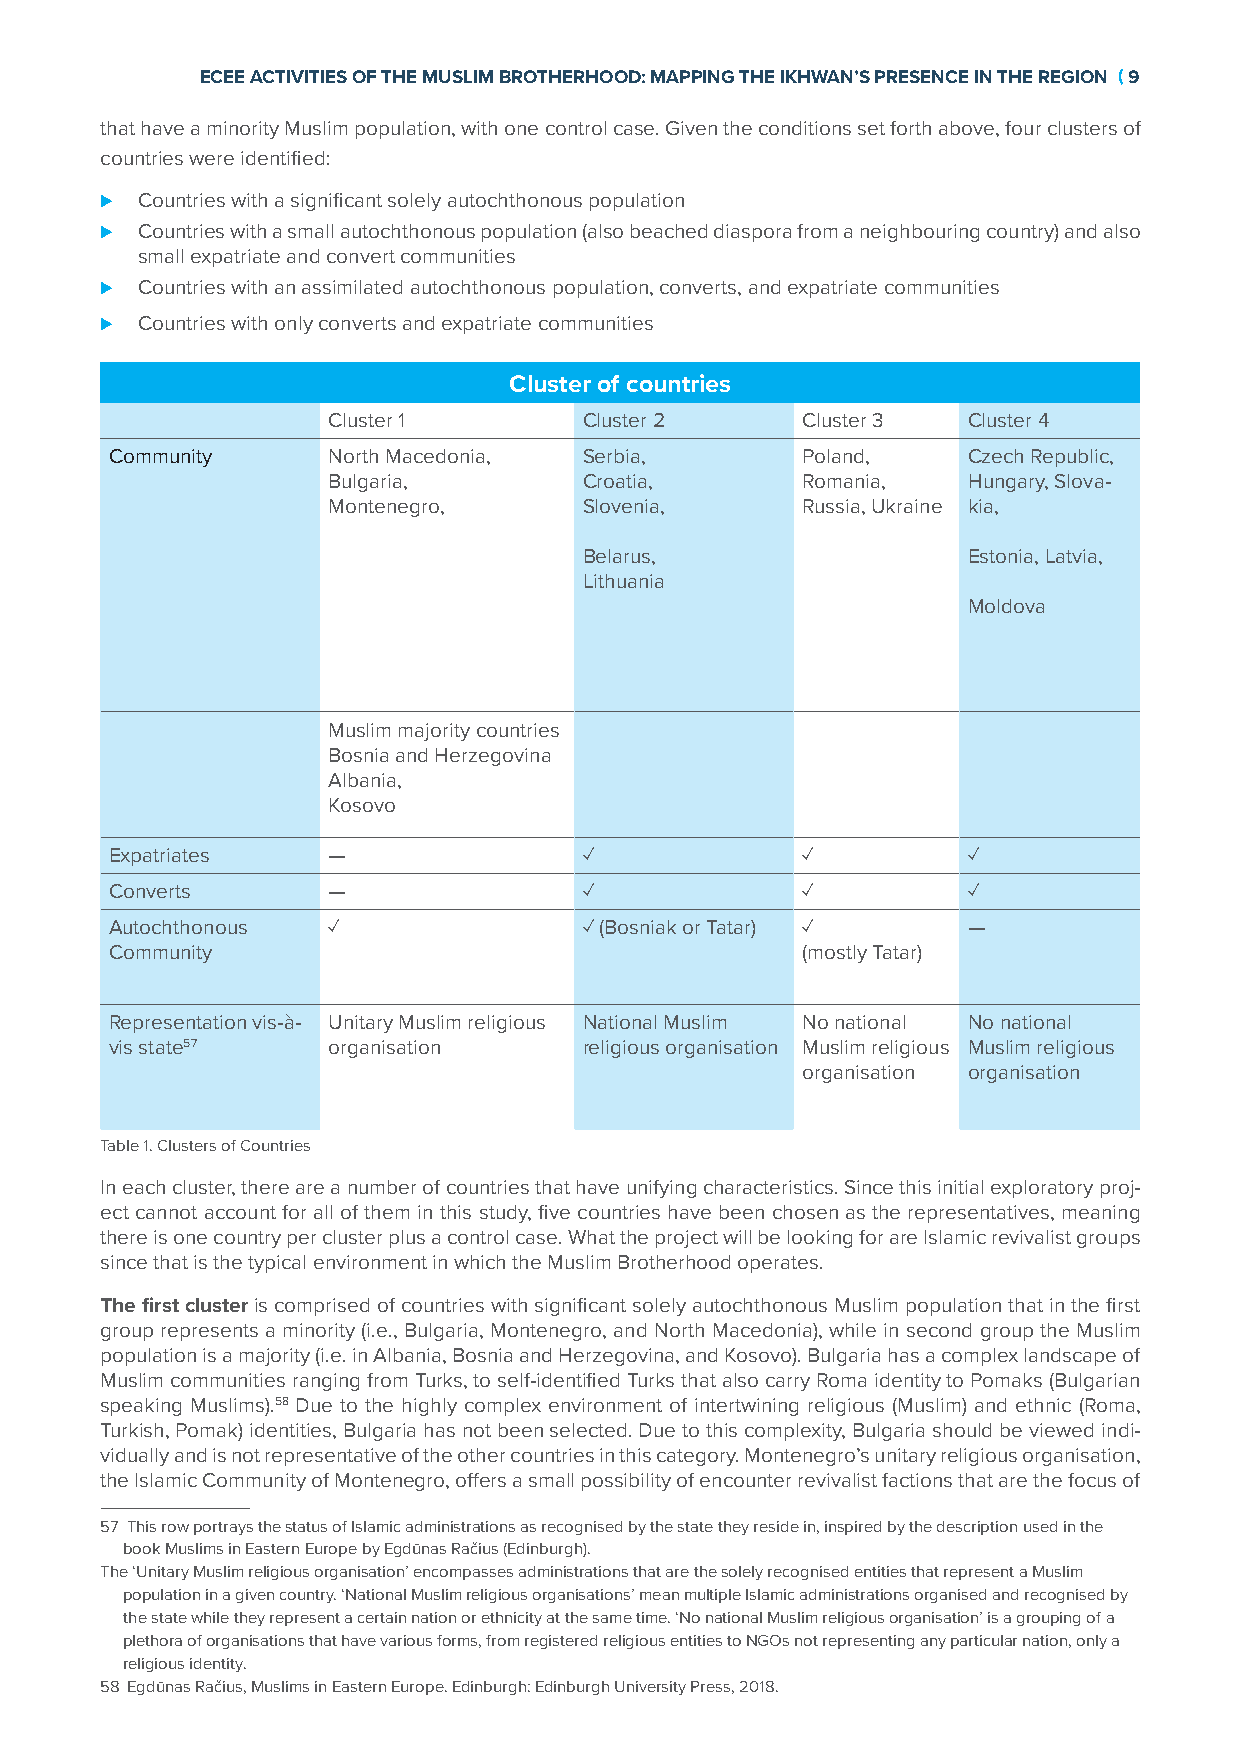
ECEE ACTIVITIES OF THE MUSLIM BROTHERHOOD: MAPPING THE IKHWAN’S PRESENCE IN THE REGION ( 9
 that have a minority Muslim population, with one control case. Given the conditions set forth above, four clusters of
 countries were identified:
 ⊲ Countries with a significant solely autochthonous population
 ⊲ Countries with a small autochthonous population (also beached diaspora from a neighbouring country) and also
 small expatriate and convert communities
 ⊲ Countries with an assimilated autochthonous population, converts, and expatriate communities
 ⊲ Countries with only converts and expatriate communities
 Cluster of countries
 Cluster 1        Cluster 2     Cluster 3  Cluster 4
 Community      North Macedonia, Serbia,       Poland,    Czech Republic,
 Bulgaria,        Croatia,      Romania,   Hungary, Slova-
 Montenegro,      Slovenia,     Russia, Ukraine kia,
 Belarus,                 Estonia, Latvia,
 Lithuania
 Moldova
 Muslim majority countries
 Bosnia and Herzegovina
 Albania,
 Kosovo
 Expatriates    —                ✓             ✓          ✓
 Converts       —                ✓             ✓          ✓
 Autochthonous  ✓                ✓ (Bosniak or Tatar) ✓   —
 Community                                     (mostly Tatar)
 Representation vis-à- Unitary Muslim religious National Muslim No national No national
 vis state57    organisation     religious organisation Muslim religious Muslim religious
 organisation organisation
 Table 1. Clusters of Countries
 In each cluster, there are a number of countries that have unifying characteristics. Since this initial exploratory proj-
 ect cannot account for all of them in this study, five countries have been chosen as the representatives, meaning
 there is one country per cluster plus a control case. What the project will be looking for are Islamic revivalist groups
 since that is the typical environment in which the Muslim Brotherhood operates.
 The first cluster is comprised of countries with significant solely autochthonous Muslim population that in the first
 group represents a minority (i.e., Bulgaria, Montenegro, and North Macedonia), while in second group the Muslim
 population is a majority (i.e. in Albania, Bosnia and Herzegovina, and Kosovo). Bulgaria has a complex landscape of
 Muslim communities ranging from Turks, to self-identified Turks that also carry Roma identity to Pomaks (Bulgarian
 speaking Muslims).58 Due to the highly complex environment of intertwining religious (Muslim) and ethnic (Roma,
 Turkish, Pomak) identities, Bulgaria has not been selected. Due to this complexity, Bulgaria should be viewed indi-
 vidually and is not representative of the other countries in this category. Montenegro’s unitary religious organisation,
 the Islamic Community of Montenegro, offers a small possibility of encounter revivalist factions that are the focus of
 57 This row portrays the status of Islamic administrations as recognised by the state they reside in, inspired by the description used in the
 book Muslims in Eastern Europe by Egdūnas Račius (Edinburgh).
 The ‘Unitary Muslim religious organisation’ encompasses administrations that are the solely recognised entities that represent a Muslim
 population in a given country. ‘National Muslim religious organisations’ mean multiple Islamic administrations organised and recognised by
 the state while they represent a certain nation or ethnicity at the same time. ‘No national Muslim religious organisation’ is a grouping of a
 plethora of organisations that have various forms, from registered religious entities to NGOs not representing any particular nation, only a
 religious identity.
 58 Egdūnas Račius, Muslims in Eastern Europe. Edinburgh: Edinburgh University Press, 2018.